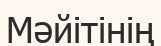
Мәйітінің